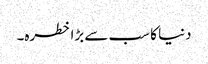
دنیا کا سب سے بڑا خطرہ۔